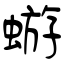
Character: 蝣